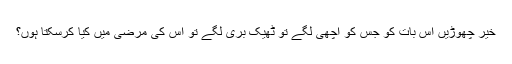
خیر چھوڑیں اس بات کو جس کو اچھی لگے تو ٹھیک بُری لگے تو اُس کی مرضی میں کیا کرسکتا ہوں؟